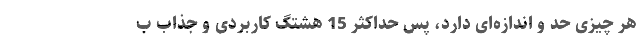
هر چیزی حَد ‌و اندازه‌ای دارد، پس حداکثر 15 هشتگ کاربردی و جذاب ب